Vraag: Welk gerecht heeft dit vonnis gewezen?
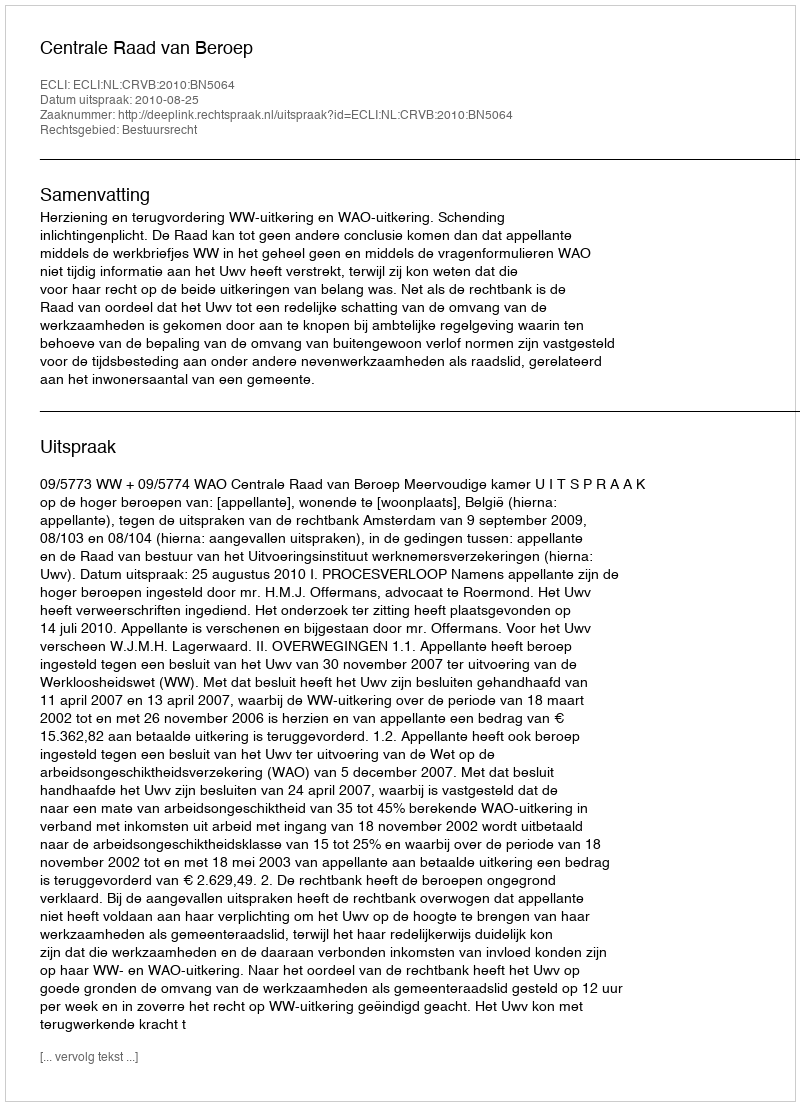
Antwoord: Centrale Raad van Beroep